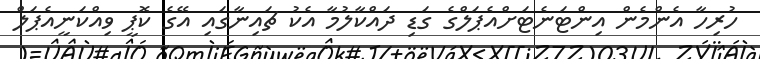
ހުރިހާ އެންމެން އިންޓަނެޓަށްއެޕަލްގެ ގަޑި ދައްކާލުމާ އެކު ޗައިނާގައި އޭގެ ކޮޕީ ވިއްކަނީއެޕަލް